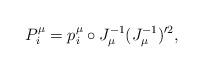
LaTeX: \begin{align*}P_i^\mu = p_i^\mu \circ J_\mu^{-1} (J_\mu^{-1})'^2,\end{align*}